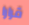
قرارا